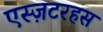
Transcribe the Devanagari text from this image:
एस्ज़टरहस